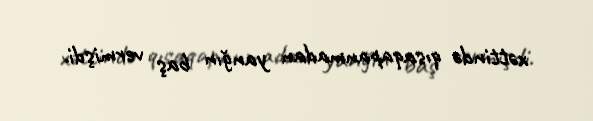
xəttində qısaqapanmadan yanğın baş vermişdi.